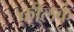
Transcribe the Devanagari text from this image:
कीलकं